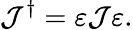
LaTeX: \mathcal{J}^{\dagger}=\varepsilon\mathcal{J}\varepsilon.